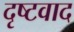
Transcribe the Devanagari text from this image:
दृष्टवाद